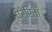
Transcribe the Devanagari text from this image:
प्रेरिता